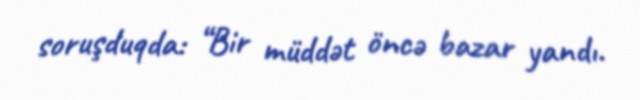
soruşduqda: “Bir müddət öncə bazar yandı.